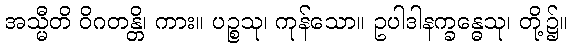
အသ္မီတိ ဝိဂတန္တိ၊ ကား။ ပဉ္စသု၊ ကုန်သော။ ဥပါဒါနက္ခန္ဓေသု၊ တို့၌။